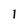
Character: 1